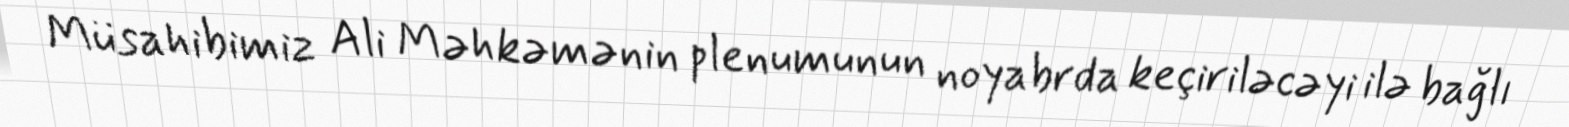
Müsahibimiz Ali Məhkəmənin plenumunun noyabrda keçiriləcəyi ilə bağlı